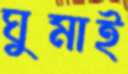
ঘুমাই